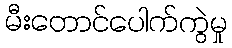
မီးတောင်ပေါက်ကွဲမှု